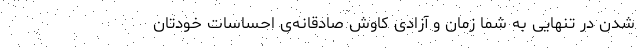
شدن در تنهایی به شما زمان و آزادیِ کاوشِ صادقانه‌ی احساسات خودتان